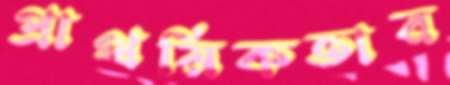
প্রাথমিকতার